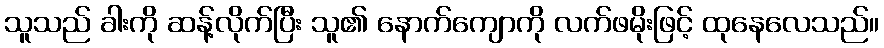
သူသည် ခါးကို ဆန့်လိုက်ပြီး သူ၏ နောက်ကျောကို လက်ဖမိုးဖြင့် ထုနေလေသည်။